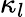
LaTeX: \kappa_{l}